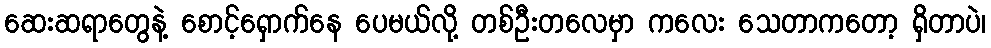
ဆေးဆရာတွေနဲ့ စောင့်ရှောက်နေ ပေမယ်လို့ တစ်ဦးတလေမှာ ကလေး သေတာကတော့ ရှိတာပဲ၊